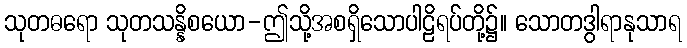
သုတဓရော သုတသန္နိစယော-ဤသို့အစရှိသောပါဠိရပ်တို့၌။ သောတဒွါရာနုသာရ